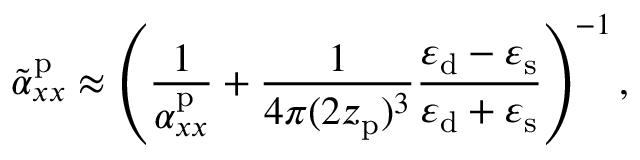
\tilde { \alpha } _ { x x } ^ { \mathrm { p } } \approx \left( \frac { 1 } { \alpha _ { x x } ^ { \mathrm { p } } } + \frac { 1 } { 4 \pi ( 2 z _ { \mathrm { p } } ) ^ { 3 } } \frac { \varepsilon _ { \mathrm { d } } - \varepsilon _ { \mathrm { s } } } { \varepsilon _ { \mathrm { d } } + \varepsilon _ { \mathrm { s } } } \right) ^ { - 1 } ,